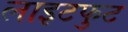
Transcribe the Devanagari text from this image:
लाइटफुट